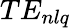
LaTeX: TE_{nlq}